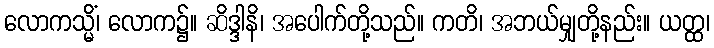
လောကသ္မိံ၊ လောက၌။ ဆိဒ္ဒါနိ၊ အပေါက်တို့သည်။ ကတိ၊ အဘယ်မျှတို့နည်း။ ယတ္ထ၊